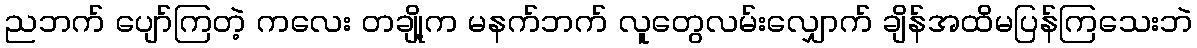
ညဘက် ပျော်ကြတဲ့ ကလေး တချို့က မနက်ဘက် လူတွေလမ်းလျှောက် ချိန်အထိမပြန်ကြသေးဘဲ